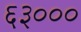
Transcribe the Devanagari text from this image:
६३०००